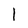
Character: I